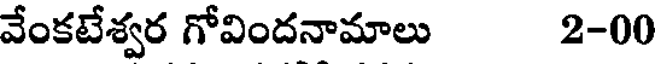
వేంకటేశ్వర గోవిందనామాలు 2-00